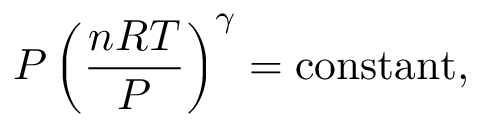
P \left( { \frac { n R T } { P } } \right) ^ { \gamma } = \operatorname { c o n s t a n t } ,